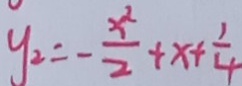
y _ { 2 } = - \frac { x ^ { 2 } } { 2 } + x + \frac { 1 } { 4 }